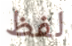
لفظ